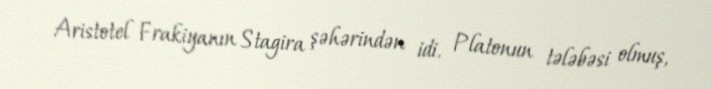
Aristotel Frakiyanın Stagira şəhərindən idi. Platonun tələbəsi olmuş,